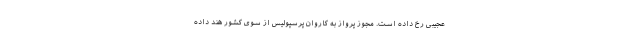
عجیبی رخ داده است. مجوز پرواز به کاروان پرسپولیس از سوی کشور هند داده